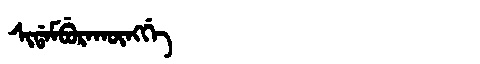
Manchu: ᠰᡳᡩᠠᠮᠪᡠᡵᠠᡴᡡᠩᡤᡝ
Romanization: SIDAMBURAKŪNGGE